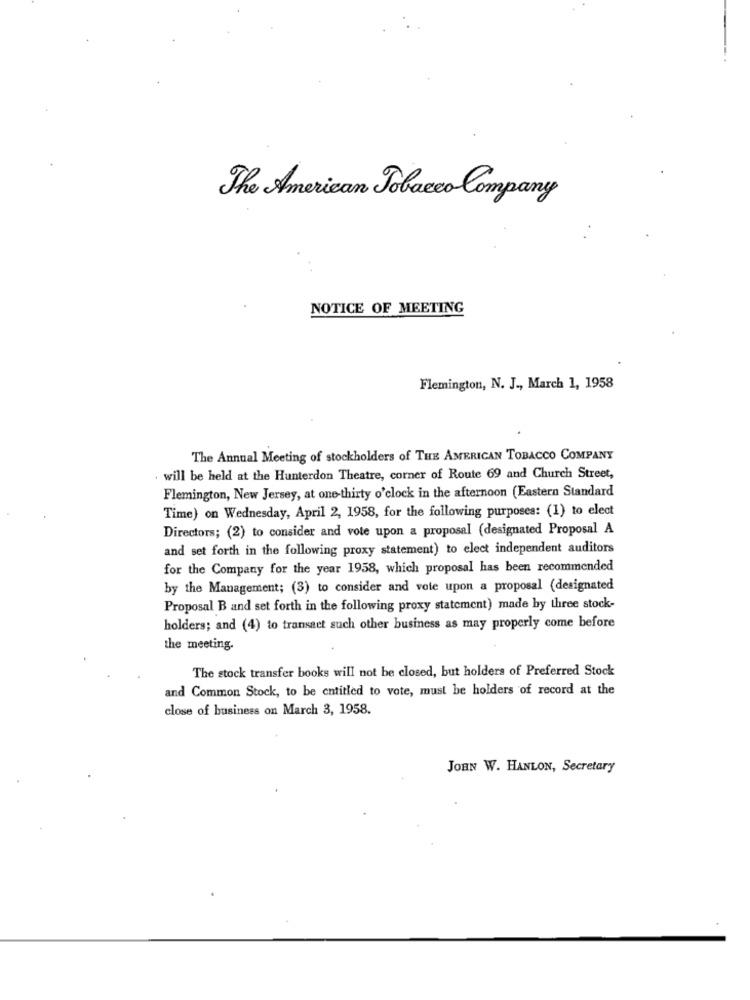
The American Tobacco Company
NOTICE OF MEETING
Flemington, N. J ., March 1, 1958
The Annual Meeting of stockholders of THE AMERICAN TOBACCO COMPANY
will be held at the Hunterdon Theatre, corner of Route 69 and Church Street,
Flemington, New Jersey, at one-thirty o'clock in the afternoon (Eastern Standard
Time) on Wednesday, April 2, 1958, for the following purposes: (1) to elect
Directors; (2) to consider and vote upon a proposal (designated Proposal A
and set forth in the following proxy statement) to elect independent auditors
for the Company for the year 1958, which proposal has been recommended
by the Management; (3) to consider and vote upon a proposal (designated
Proposal B and set forth in the following proxy statement) made by three stock-
holders; and (4) to transact such other business as may properly come before
the meeting.
The stock transfer books will not be closed, but holders of Preferred Stock
and Common Stock, to be entitled to vote, must be holders of record at the
close of business on March 3, 1958.
JOHN W. HANLON, Secretary